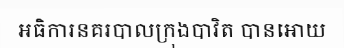
អធិការនគរបាលក្រុងបាវិត បានអោយ